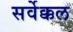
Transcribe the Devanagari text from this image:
सर्वेक्कल